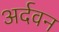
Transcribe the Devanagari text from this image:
अर्दवन